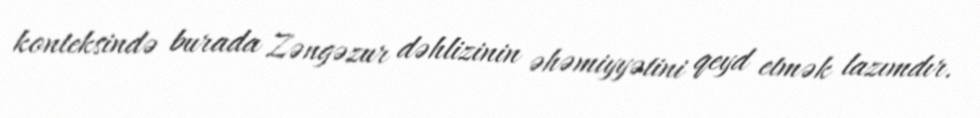
konteksində burada Zəngəzur dəhlizinin əhəmiyyətini qeyd etmək lazımdır.